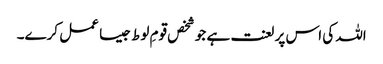
اللہ کی اس پر لعنت ہے جو شخص قومِ لوط جیسا عمل کرے۔